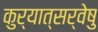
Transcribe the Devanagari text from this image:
कुर्यात्सर्वेषु